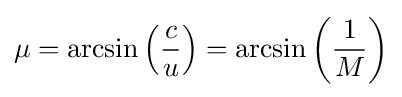
\mu =\arcsin \left({\frac {c}{u}}\right)=\arcsin \left({\frac {1}{M}}\right)